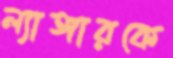
ল্যাঙ্গারকে